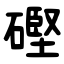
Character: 䃘